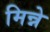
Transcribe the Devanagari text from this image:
मिन्ने